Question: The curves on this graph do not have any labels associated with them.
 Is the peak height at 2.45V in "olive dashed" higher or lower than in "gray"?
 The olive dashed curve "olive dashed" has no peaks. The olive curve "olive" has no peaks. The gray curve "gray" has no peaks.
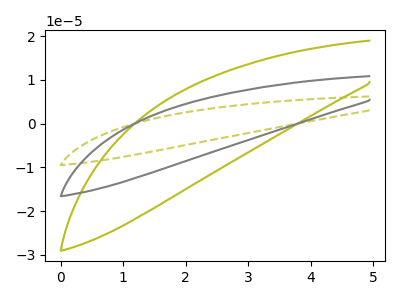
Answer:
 <answer>"olive dashed" and "gray" dont share a peak at 2.45V.</answer>
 <eval>mismatch</eval>